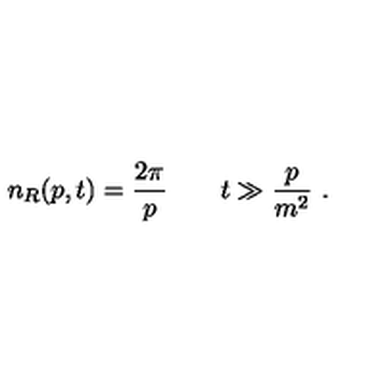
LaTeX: n _ { R } ( p , t ) = \frac { 2 \pi } p \qquad t \gg \frac p { m ^ { 2 } } \ .